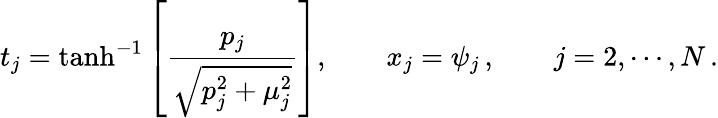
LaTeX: t_{j}=\operatorname{tanh}^{-1}\left[\frac{p_{j}}{\sqrt{p_{j}^{2}+\mu_{j}^{2}}}\right],\qquad x_{j}=\psi_{j}\, ,\qquad j=2,\cdots,N\, .